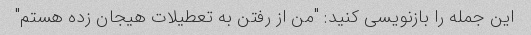
این جمله را بازنویسی کنید: "من از رفتن به تعطیلات هیجان زده هستم"